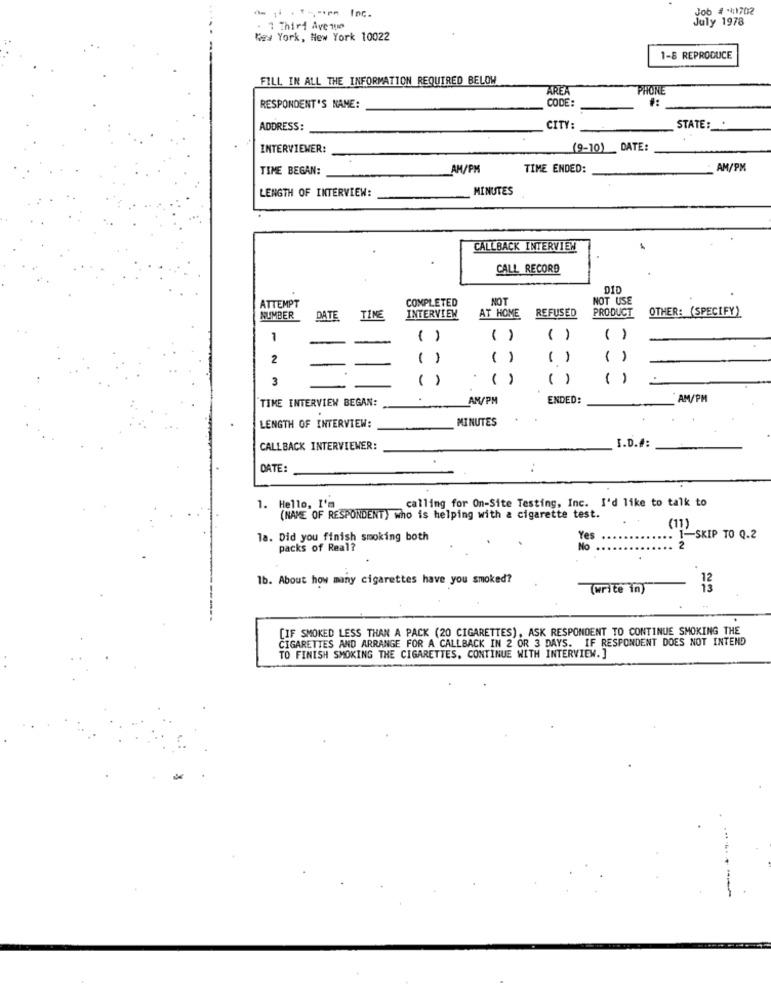
Inc.
# *11702
. 1 Third Avenue
July 1978
New York, New York 10022
1-8 REPRODUCE
FILL IN ALL THE INFORMATION REQUIRED BELOW
AREA
PHONE
CODE:
RESPONDENT'S NAME:
CITY:
ADDRESS:
STATE :_
INTERVIEWER:
(9-10) _ DATE:
TIME BEGAN:
AM/PM
TIME ENDED:
AM/PM
LENGTH OF INTERVIEW:
MINUTES
CALLBACK INTERVIEW
CALL RECORD
DID
ATTEMPT
COMPLETED
NOT
NOT USE
AT HOME
REFUSED
PRODUCT
OTHER: (SPECIFY)
NUMBER
DATE
TIME
INTERVIEW
1
( )
( )
()
( )
2
()
( )
( )
( )
3
( )
( )
( )
TIME INTERVIEW BEGAN:
AM/PM
ENDED:
AM/PM
MINUTES
LENGTH OF INTERVIEW:
I.D.#:
CALLBACK INTERVIEWER:
DATE:
1. Hello, I'm
calling for On-Site Testing, Inc. I'd like to talk to
(NAME OF RESPONDENT) who is helping with a cigarette test.
(11)
la. Did you finish smoking both
Yes
2
1-SKIP TO Q.2
packs of Real?
No
.. :
.
1b. About how many cigarettes have you smoked?
(write in)
12
[IF SMOKED LESS THAN A PACK (20 CIGARETTES), ASK RESPONDENT TO CONTINUE SMOKING THE
CIGARETTES AND ARRANGE FOR A CALLBACK IN 2 OR 3 DAYS. IF RESPONDENT DOES NOT INTEND
TO FINISH SMOKING THE CIGARETTES, CONTINUE WITH INTERVIEW. ]